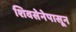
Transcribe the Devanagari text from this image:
शिवसेनेपासून